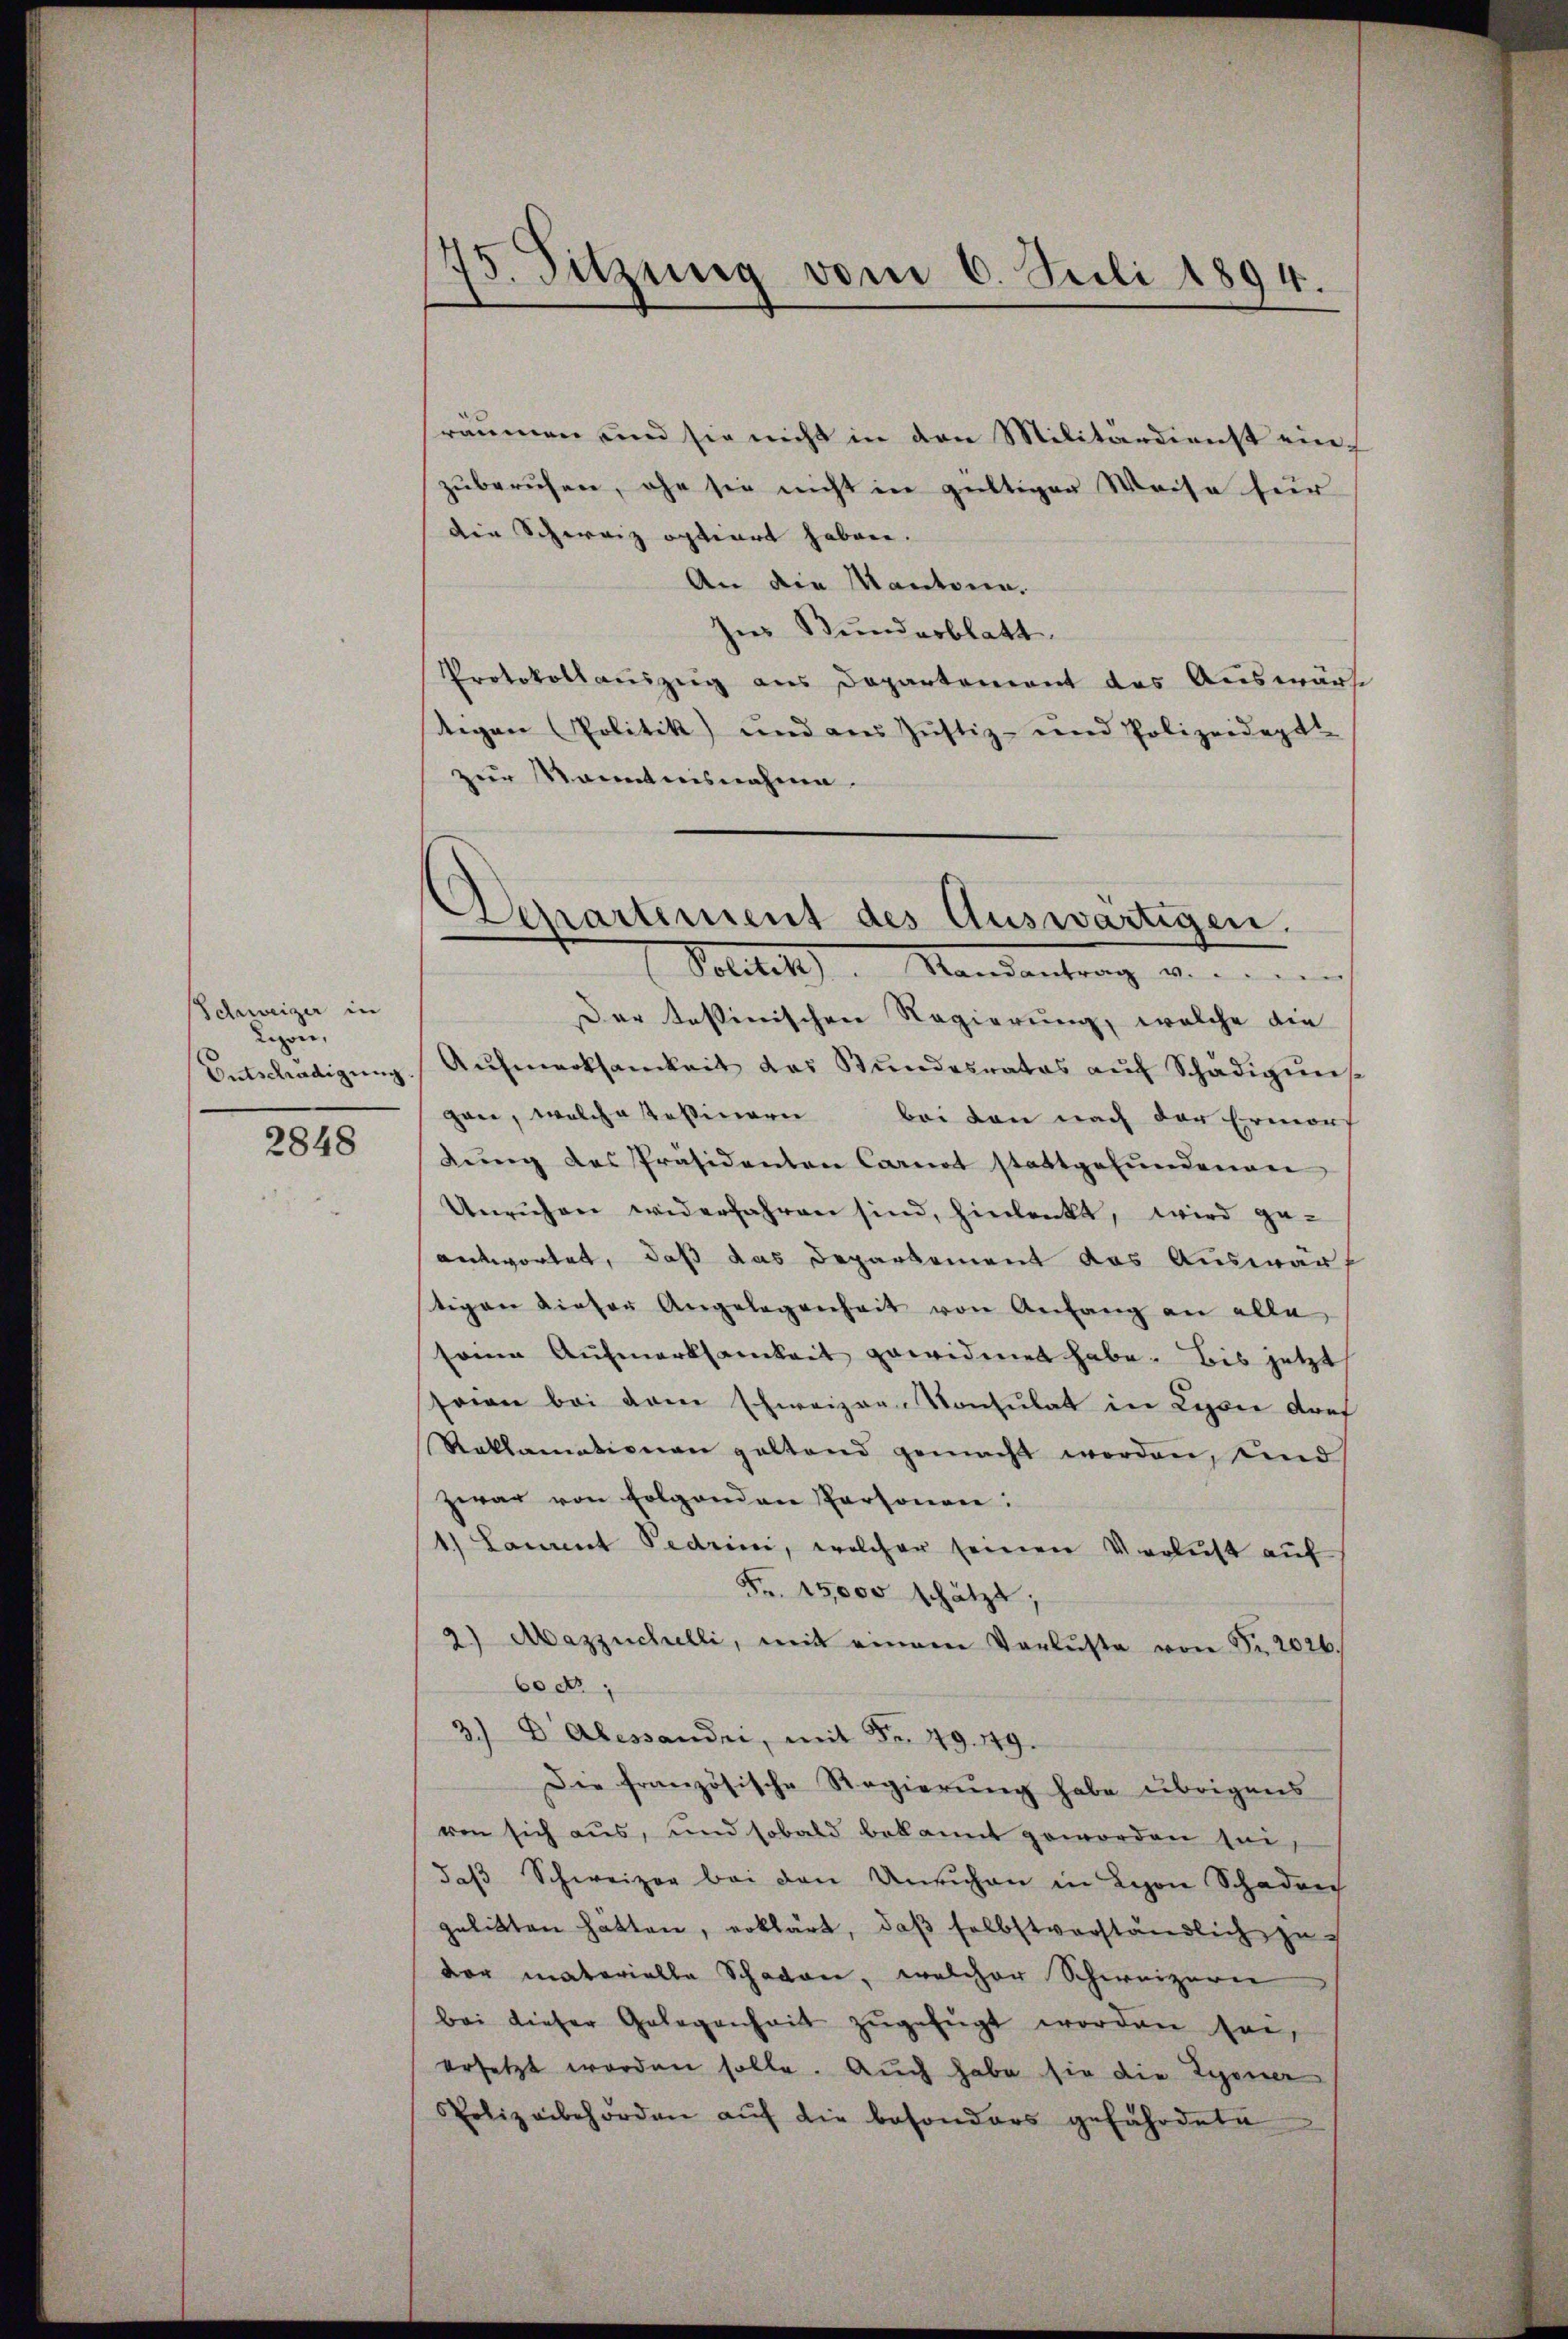
Schweizer in
Lion,
Entschädigung

2848

175. Sitzung vom 6. Juli 1894.

Departement des Auswärtigen.
Poilet. Mandantrag v.

räumen und sie nicht in den Militärdienst ein-
zuberuhen, ehe sie nicht in gültiger Weise für
die Schweiz optiert haben.
An die Kantone.
Ines Bundesblatt
Protokollauszug aus Departement des Auswärt
tigen Politik und aus Jŭstiz- und Polizeidept
zur Manntnisnahme.
Der tessinischen Regierung, welche die
Aŭfmerksamkeit des Bŭndesrates aŭf Schädigŭng
gen, welche Teßinern bei den nach der Ermorf
dŭng des Präsidenten Carnat stattgefŭndenen
Unruhen widerfahren sind, hinlenkt, wird ge-
antwortet, daß das Departement das Auswarf
stigen dieser Angelegenheit von Anfang an alle
seine Aufmerksamkeit gewidmet habe. Bis jetzt
seien bei dem schweizer-Konsulat in Lepore doef
Reklamationen geltend gemacht worden, und
zwar von folgenden Personen:
1.) Lammt Pedrini, welcher seinen Verlust auf
Fr. 15,000 schätzt;
2) Mazzüchelli, mit einem Verluste von Fr. 2026.
6o d.
3.) Dabessandri, mit Fr. 49. 49.
Die französische Regierŭng habe übrigens
von sich aus, und sobald bekannt geworden sei,
daβ Schweizer bei den Unruhen in Lyon Schadens
gelitten hätten, erklärt, daß selbstverständlich zu
der materielle Schaden, welcher Schweizern
bei dieser Gelegenheit zŭgefügt worden sei,
ersetzt worden solle. Auch habe sie die Lyoner
Polizeibehörden aŭf die besonders gefährdete